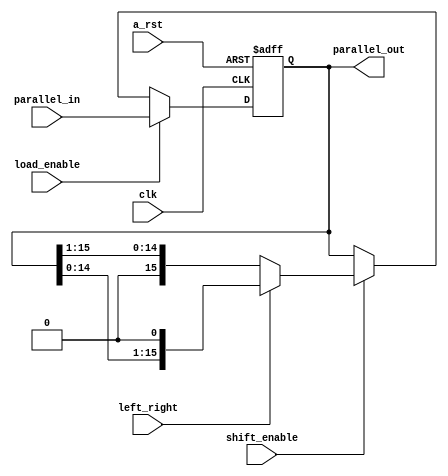
module shiftreg16 ( input [15:0] parallel_in,
						  input clk, a_rst, shift_enable, load_enable, left_right,
						  output reg [15:0] parallel_out );
	always @ (posedge clk or posedge a_rst) begin
		if (a_rst) parallel_out = 4'h0000;
		else if (load_enable) begin
			parallel_out <= parallel_in;
		end
		else if (shift_enable) begin
			if (left_right) parallel_out <= parallel_out << 1;
			else parallel_out <= parallel_out >> 1;
		end
	end
endmodule